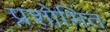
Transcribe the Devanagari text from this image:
प्रशोभित